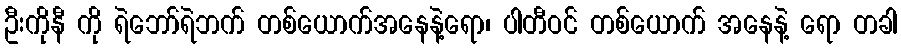
ဦးကိုနီ ကို ရဲဘော်ရဲဘက် တစ်ယောက်အနေနဲ့ရော၊ ပါတီဝင် တစ်ယောက် အနေနဲ့ ရော တခါ